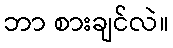
ဘာ စားချင်လဲ။